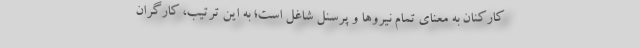
کارکنان به معنای تمام نیروها و پرسنل شاغل است؛ به این ترتیب، کارگران